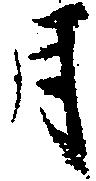
月